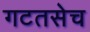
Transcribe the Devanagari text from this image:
गटतसेच